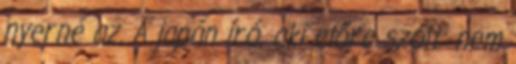
nyerné az. A japán író, aki előre szólt: nem